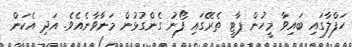
ހަފްލާގައި ބައިވާ މީހުން ޕާޓީ ތެރޭގައި ފޯނު ގެންގުޅުން މަނާވާނެއެވެ. އަދި އެކަން